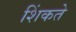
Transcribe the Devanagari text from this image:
शिंकते